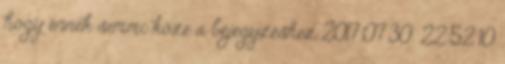
hogy ennek semmi köze a bejegyzéshez 2017.07.30. 22:52 10